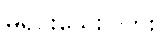
မရှင်းသေးပါဘူး။